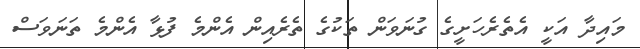
މައިދާ އަކީ އެތެރެހަށީގެ ގުނަވަން ތަކުގެ ތެރެއިން އެންމެ ފުޅާ އެންމެ ތަނަވަސް